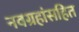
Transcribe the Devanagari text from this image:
नवग्रहांसहित